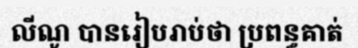
លីណូ បានរៀបរាប់ថា ប្រពន្ធគាត់